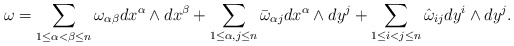
\begin{align*} \omega=\sum_{1\le\alpha<\beta\le n}\omega_{\alpha\beta}dx^\alpha\wedge dx^\beta+\sum_{1\le\alpha, j\le n}\bar\omega_{\alpha j}dx^\alpha\wedge dy^j+\sum_{1\le i<j\le n}\hat\omega_{i j}dy^i\wedge dy^j.\end{align*}